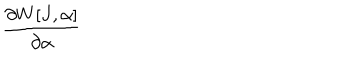
LaTeX: \frac { \partial W [ J , \alpha ] } { \partial \alpha }